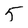
Character: 5